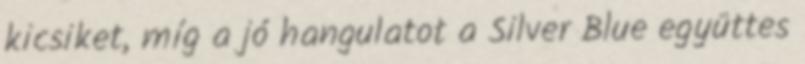
kicsiket, míg a jó hangulatot a Silver Blue együttes